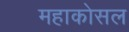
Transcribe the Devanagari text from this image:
महाकोसल